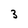
Character: 3